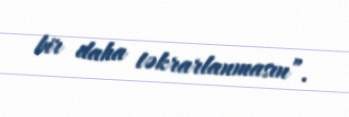
bir daha təkrarlanmasın”.